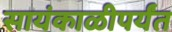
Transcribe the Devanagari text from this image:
सायंकाळीपर्यंत